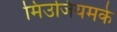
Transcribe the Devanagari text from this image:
मिउजियमके